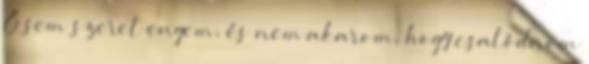
Ő sem szeret engem, és nem akarom, hogy csalódnom